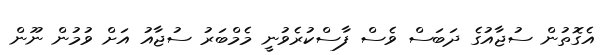
އެގޮތުން ސުޖާއުގެ ދަބަސް ވެސް ފާސްކުރެވުނީ މެމްބަރު ސުޖާއު އަށް ވުމުން ނޫން